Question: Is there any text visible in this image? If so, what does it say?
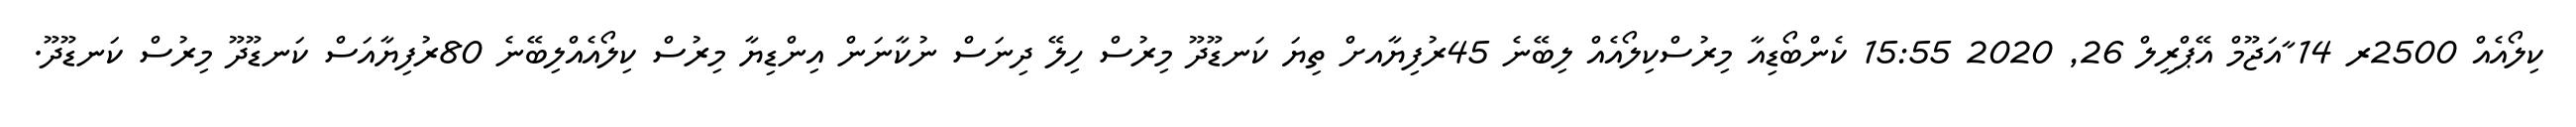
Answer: ކިލޯއެއް 2500ރ 14 ާއަޖޫމް އޭޕްރީލް 26, 2020 15:55 ކެންބޯޑިއާ މިރުސްކިލޯއެއް ލިބޭނެ 45ރުފިޔާއށް ތިޔަ ކަނޑޫދޫ މިރުސް ހިލޭ ދިނަސް ނުކާނަން އިންޑިޔާ މިރުސް ކިލޯއެއްލިބޭނެ 80ރުފިޔާއަސް ކަނޑޫދޫ މިރުސް ކަނޑޫދޫ.